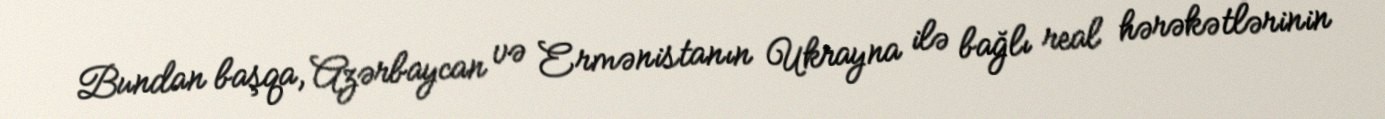
Bundan başqa, Azərbaycan və Ermənistanın Ukrayna ilə bağlı real hərəkətlərinin